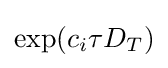
\exp(c_{i}\tau D_{T})